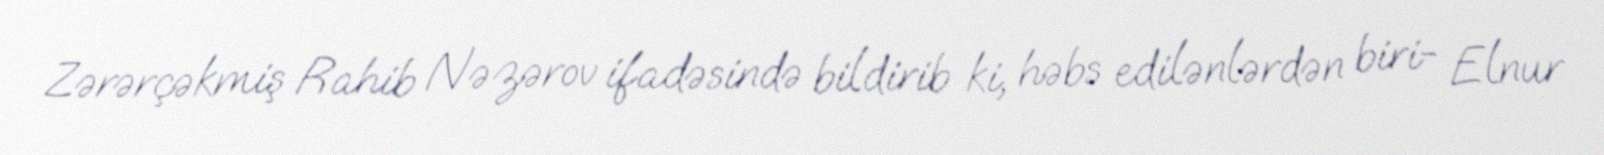
Zərərçəkmiş Rahib Nəzərov ifadəsində bildirib ki, həbs edilənlərdən biri- Elnur